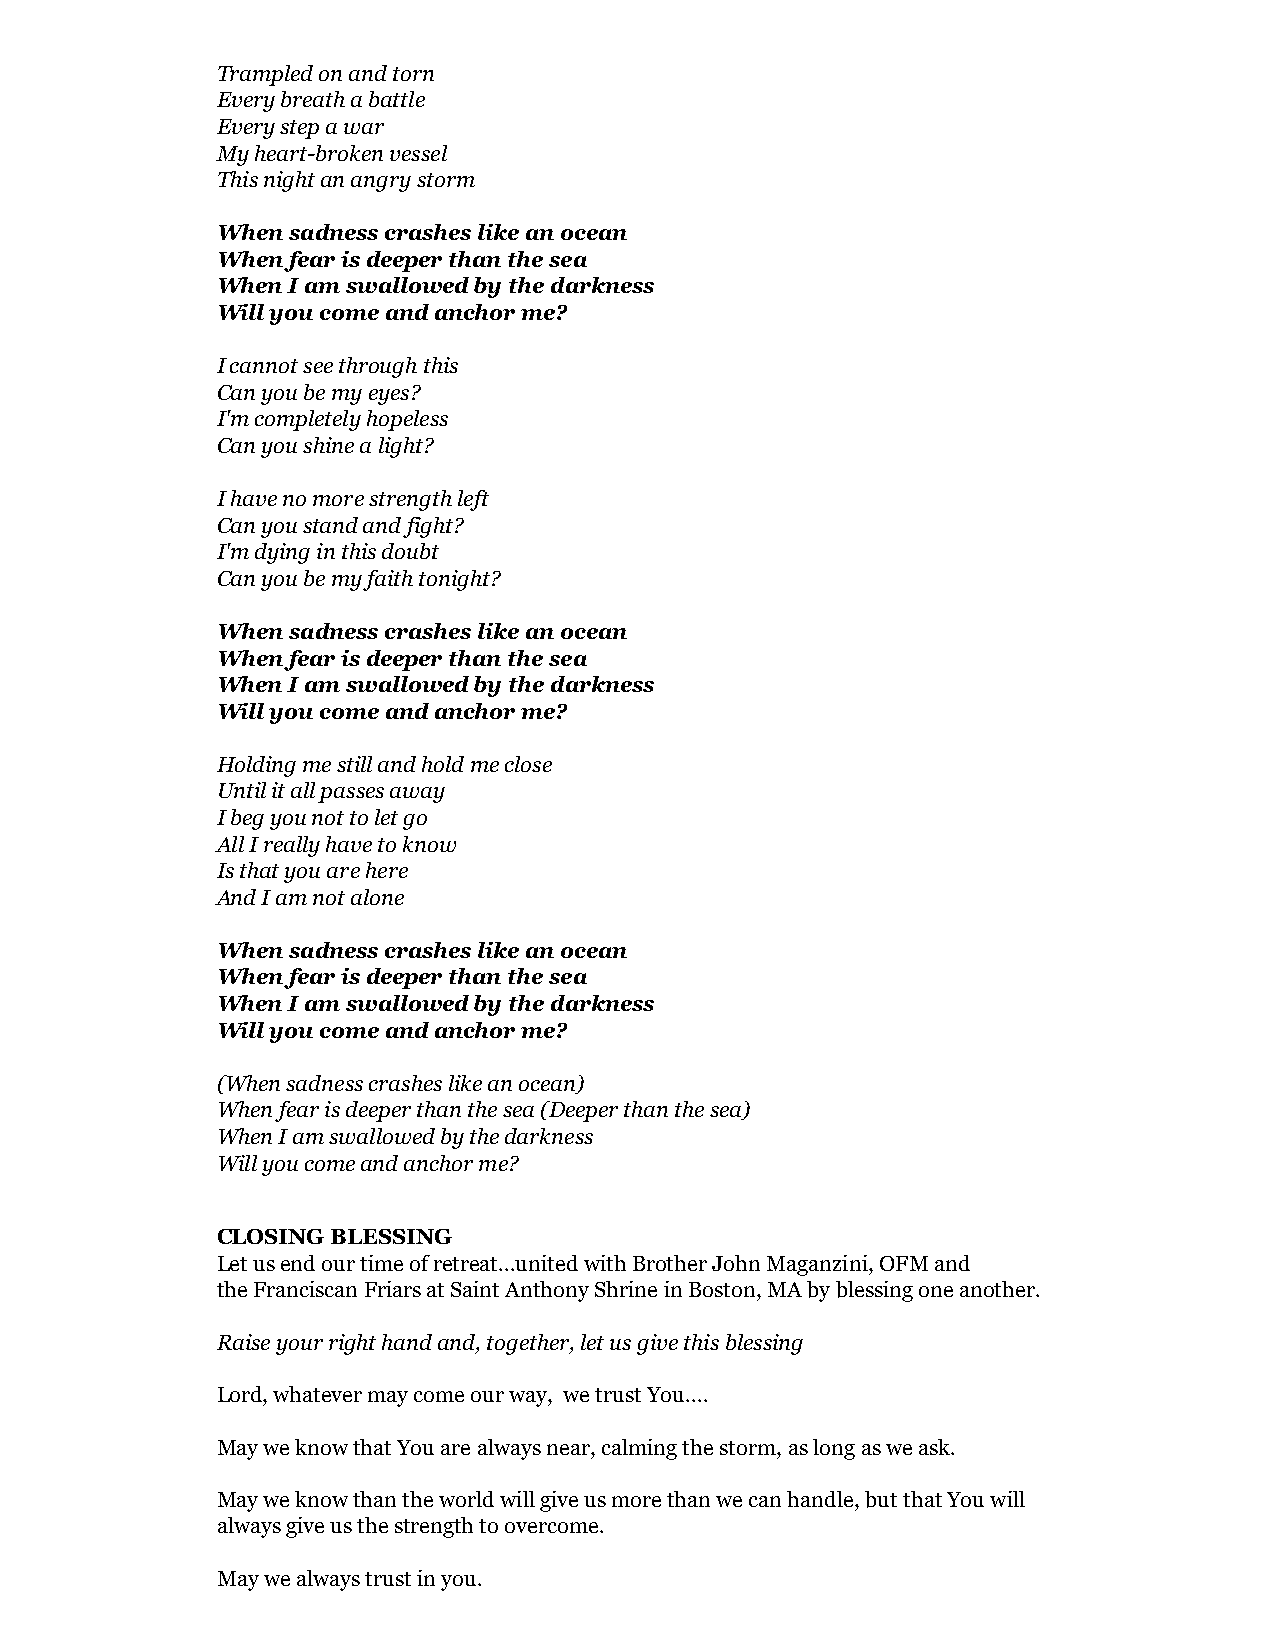
Trampled on and torn
 Every breath a battle
 Every step a war
 My heart-broken vessel
 This night an angry storm
 When sadness crashes like an ocean
 When fear is deeper than the sea
 When I am swallowed by the darkness
 Will you come and anchor me?
 I cannot see through this
 Can you be my eyes?
 I'm completely hopeless
 Can you shine a light?
 I have no more strength left
 Can you stand and fight?
 I'm dying in this doubt
 Can you be my faith tonight?
 When sadness crashes like an ocean
 When fear is deeper than the sea
 When I am swallowed by the darkness
 Will you come and anchor me?
 Holding me still and hold me close
 Until it all passes away
 I beg you not to let go
 All I really have to know
 Is that you are here
 And I am not alone
 When sadness crashes like an ocean
 When fear is deeper than the sea
 When I am swallowed by the darkness
 Will you come and anchor me?
 (When sadness crashes like an ocean)
 When fear is deeper than the sea (Deeper than the sea)
 When I am swallowed by the darkness
 Will you come and anchor me?
 CLOSING BLESSING
 Let us end our time of retreat...united with Brother John Maganzini, OFM and
 the Franciscan Friars at Saint Anthony Shrine in Boston, MA by blessing one another.
 Raise your right hand and, together, let us give this blessing
 Lord, whatever may come our way, we trust You....
 May we know that You are always near, calming the storm, as long as we ask.
 May we know than the world will give us more than we can handle, but that You will
 always give us the strength to overcome.
 May we always trust in you.